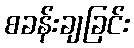
စခန်းချခြင်း